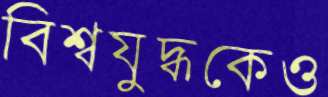
বিশ্বযুদ্ধকেও